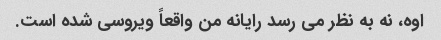
اوه، نه به نظر می رسد رایانه من واقعاً ویروسی شده است.